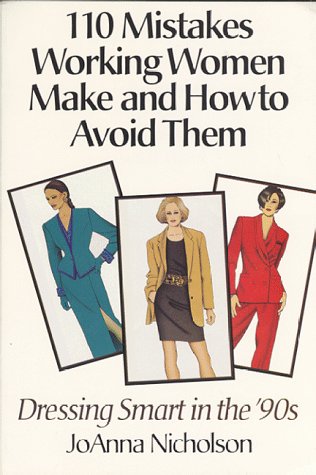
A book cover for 110 Mistakes Working Women Make and How to Avoid Them: Dressing Smart in the '90's; JoAnna Nicholson; Business & Money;